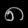
Digit: ၈